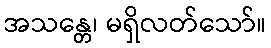
အသန္တေ၊ မရှိလတ်သော်။